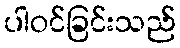
ပါဝင်ခြင်းသည်